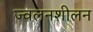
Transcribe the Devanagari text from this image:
ज्वलनशीलन